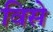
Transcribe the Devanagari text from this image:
विसे